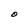
Character: O